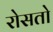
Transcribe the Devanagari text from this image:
रोसतो